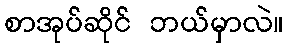
စာအုပ်ဆိုင် ဘယ်မှာလဲ။